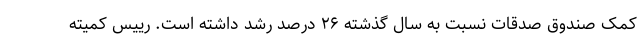
کمک صندوق صدقات نسبت به سال گذشته ۲۶ درصد رشد داشته است. رییس کمیته